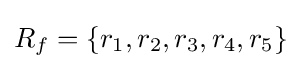
R_{f}=\{r_{1},r_{2},r_{3},r_{4},r_{5}\}